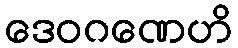
ဒေဝဂဏေဟိ